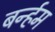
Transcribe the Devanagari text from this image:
बर्न्हम